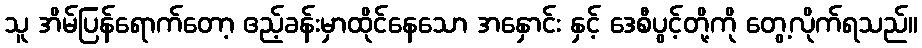
သူ အိမ်ပြန်ရောက်တော့ ဧည့်ခန်းမှာထိုင်နေသော အနှောင်း နှင့် ဒေစီပွင့်တို့ကို တွေ့လိုက်ရသည်။